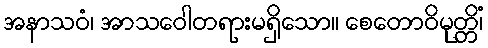
အနာသဝံ၊ အာသဝေါတရားမရှိသော။ စေတောဝိမုတ္တိံ၊